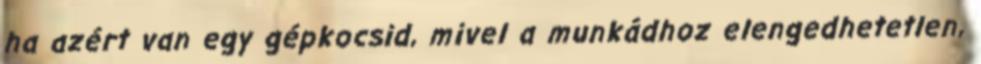
ha azért van egy gépkocsid, mivel a munkádhoz elengedhetetlen,